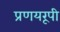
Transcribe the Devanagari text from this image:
प्रणयरूपी